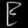
Digit: ၉